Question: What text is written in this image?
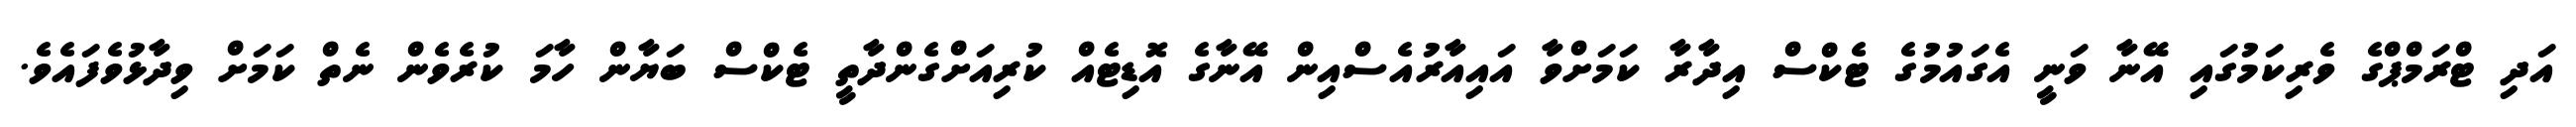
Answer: އަދި ޓްރަމްޕްގެ ވެރިކަމުގައި އޭނާ ވަނީ އެގައުމުގެ ޓެކްސް އިދާރާ ކަމަށްވާ އައިއާރުއެސްއިން އޭނާގެ އޮޑިޓެއް ކުރިއަށްގެންދާތީ ޓެކްސް ބަޔާން ހާމަ ކުރެވެން ނެތް ކަމަށް ވިދާޅުވެފައެވެ.